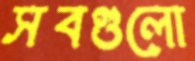
সবগুলো